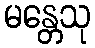
မန္တေသု